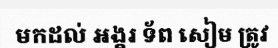
មកដល់ អង្គរ ទ័ព សៀម ត្រូវ